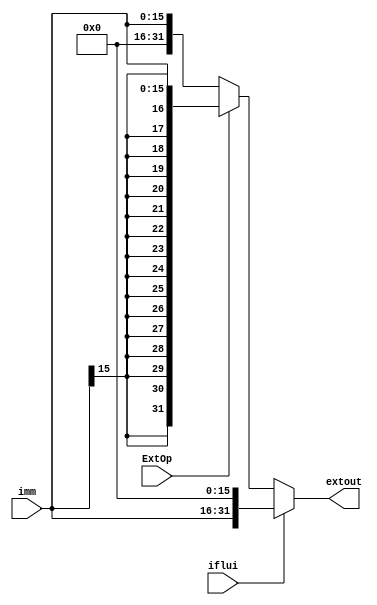
`timescale 1ns / 1ps
//////////////////////////////////////////////////////////////////////////////////
// Company: 
// Engineer: 
// 
// Design Name: 
// Module Name:    EXT 
// Project Name: 
// Target Devices: 
// Tool versions: 
// Description: 
//
// Dependencies: 
//
// Revision: 
// Revision 0.01 - File Created
// Additional Comments: 
//
//////////////////////////////////////////////////////////////////////////////////
module EXT(
    input [15:0] imm,
    output [31:0] extout,
    input ExtOp,
    input iflui
    );
	 assign extout=(iflui==1)?{imm,16'b0}
			  :(ExtOp==1)?{{16{imm[15]}},imm}:{16'b0,imm};

endmodule